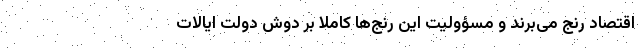
اقتصاد رنج می‌برند و مسؤولیت این رنج‌ها کاملاً بر دوش دولت ایالات